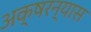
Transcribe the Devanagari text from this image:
अक्षरन्यास